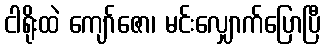
ငါရိုးထဲ ကျော်ဇော၊ မင်းလျှောက်ပြောပြီ